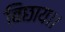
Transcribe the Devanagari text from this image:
बिछाय।।